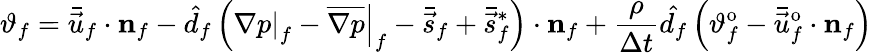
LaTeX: \vartheta_{f}=\bar{\vec{u}}_{f}\cdot\mathbf{{n}}_{f}-\hat{d}_{f}\left(\left.\nabla p\right|_{f}-\left.\overline{{\nabla p}}\right|_{f}-\bar{\vec{s}}_{f}+\bar{\vec{s}}_{f}^{*}\right)\cdot\mathbf{{n}}_{f}+\frac{\rho}{\Delta t}\hat{d_{f}}\left(\vartheta_{f}^{\mathrm{o}}-\bar{\vec{u}}_{f}^{\mathrm{o}}\cdot\mathbf{{n}}_{f}\right)